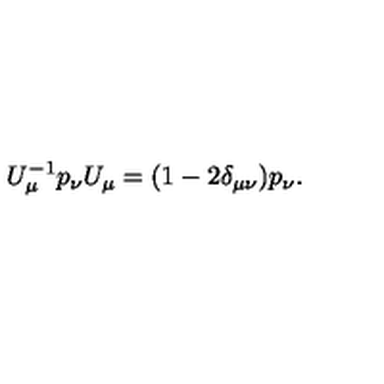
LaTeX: U _ { \mu } ^ { - 1 } p _ { \nu } U _ { \mu } = ( 1 - 2 \delta _ { \mu \nu } ) p _ { \nu } .